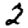
Digit: 2